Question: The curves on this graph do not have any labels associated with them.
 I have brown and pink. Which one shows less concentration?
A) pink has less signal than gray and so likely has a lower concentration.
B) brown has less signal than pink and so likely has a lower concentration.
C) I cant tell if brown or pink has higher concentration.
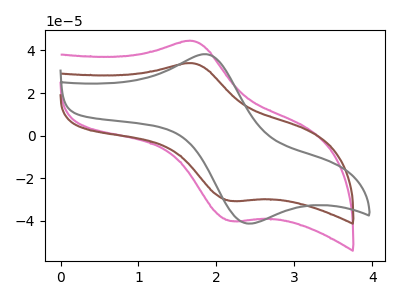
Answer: <think>The pink curve "pink" has an anodic peak at (1.70V, 44.45uA) and a cathodic peak at (2.20V, -40.05uA). The brown curve "brown" has an anodic peak at (1.70V, 34.00uA) and a cathodic peak at (2.20V, -30.60uA). The gray curve "gray" has an anodic peak at (1.85V, 38.25uA) and a cathodic peak at (2.35V, -40.95uA).
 All the peaks in "brown" have a peak in "pink" at the same potential. Every peak in "brown" is lower than every peak in "pink".</think>
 <answer>B) "brown" has less signal than "pink" and so likely has a lower concentration.</answer>
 <eval>B</eval>